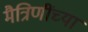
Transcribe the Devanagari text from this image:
मैत्रिणींच्या